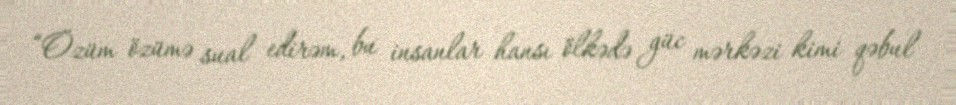
“Özüm özümə sual edirəm, bu insanlar hansı ölkədə güc mərkəzi kimi qəbul